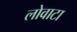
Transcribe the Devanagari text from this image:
लोवाटा